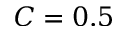
C = 0 . 5